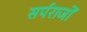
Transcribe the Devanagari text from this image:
सर्पराजों